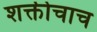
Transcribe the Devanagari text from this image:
शक्तीचाच